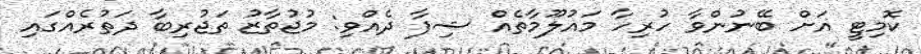
ކޮމިޓީ އަށް ބޭނުންވާ ހުރިހާ މައުލޫމާތެއް ޝިފާ ދެއްވި: މުޖުތާޒު ތަޖުރިބާ ދަތުރެއްގައި